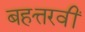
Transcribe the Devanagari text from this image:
बहत्तरवीं